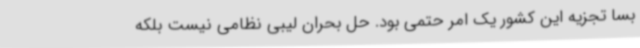
بسا تجزیه این کشور یک امر حتمی بود. حل بحران لیبی نظامی نیست بلکه